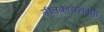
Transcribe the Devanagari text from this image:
गीतकारासंबंधी